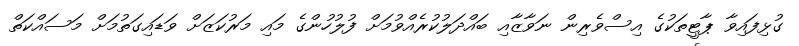
ގުޅިފައިވާ ޕާޓީތަކުގެ އިސްވެރިން ނަވާޒާއި ބައްދަލުކުރެއްވުމަށް ފުލުހުންގެ މައި މަރުކަޒަށް ވަޑައިގަތުމަށް މަސައްކަތް